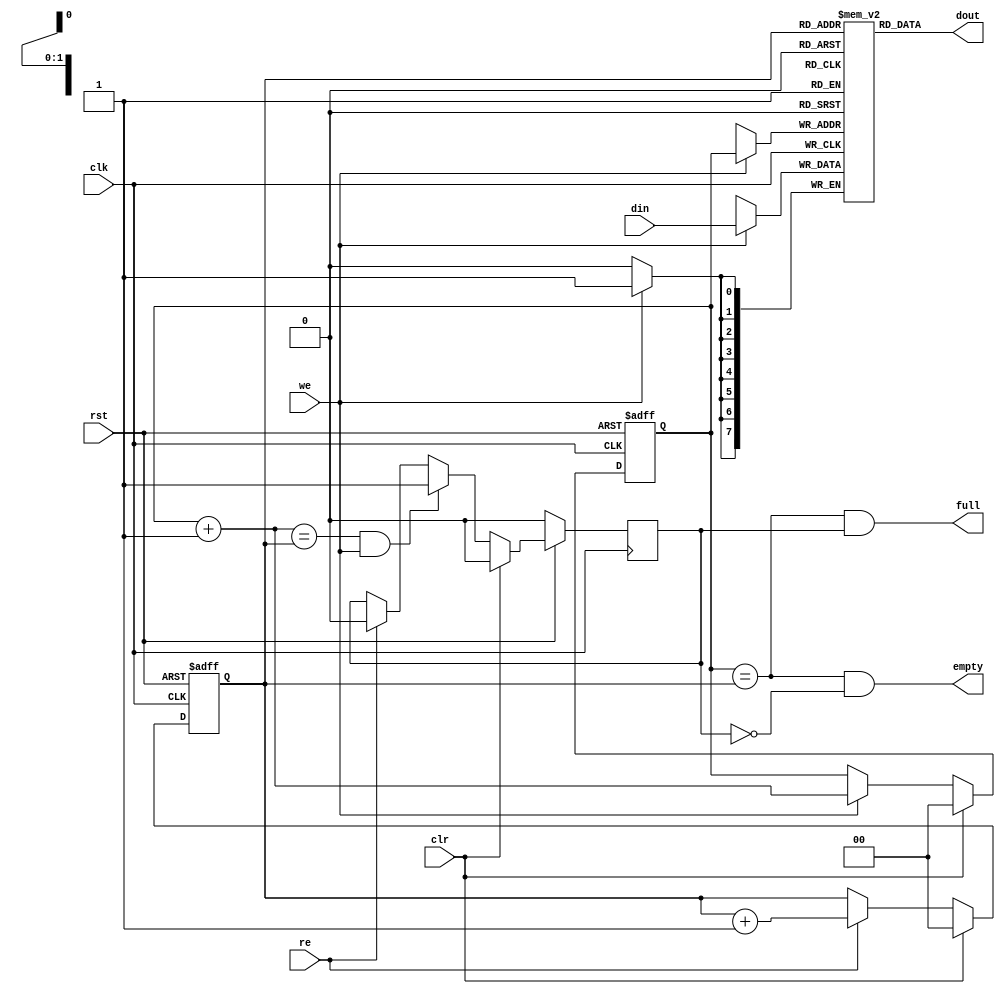
module fifo4(clk, rst, clr,  din, we, dout, re, full, empty);

parameter dw = 8;

input		clk, rst;
input		clr;
input   [dw:1]	din;
input		we;
output  [dw:1]	dout;
input		re;
output		full, empty;


////////////////////////////////////////////////////////////////////
//
// Local Wires
//

reg     [dw:1]	mem[0:3];
reg     [1:0]   wp;
reg     [1:0]   rp;
wire    [1:0]   wp_p1;
wire    [1:0]   wp_p2;
wire    [1:0]   rp_p1;
wire		full, empty;
reg		gb;

// Hacked the memory
//   wire 	dummy_wire;

   
////////////////////////////////////////////////////////////////////
//
// Misc Logic
//

always @(posedge clk or negedge rst)
        if(!rst)	wp <= #1 2'h0;
        else
        if(clr)		wp <= #1 2'h0;
        else
        if(we)		wp <= #1 wp_p1;

assign wp_p1 = wp + 2'h1;
assign wp_p2 = wp + 2'h2;

always @(posedge clk or negedge rst)
        if(!rst)	rp <= #1 2'h0;
        else
        if(clr)		rp <= #1 2'h0;
        else
        if(re)		rp <= #1 rp_p1;

assign rp_p1 = rp + 2'h1;

// Fifo Output
assign  dout = mem[ rp ];

// Fifo Input
always @(posedge clk)
        if(we)	mem[ wp ] <= #1 din;

// Status
assign empty = (wp == rp) & !gb;
assign full  = (wp == rp) &  gb;

// Guard Bit ...
always @(posedge clk)
	if(!rst)			gb <= #1 1'b0;
	else
	if(clr)				gb <= #1 1'b0;
	else
	if((wp_p1 == rp) & we)		gb <= #1 1'b1;
	else
	if(re)				gb <= #1 1'b0;

   //hook up the dummy wire
   //assign dummy_wire=mem[1][1];
   
endmodule